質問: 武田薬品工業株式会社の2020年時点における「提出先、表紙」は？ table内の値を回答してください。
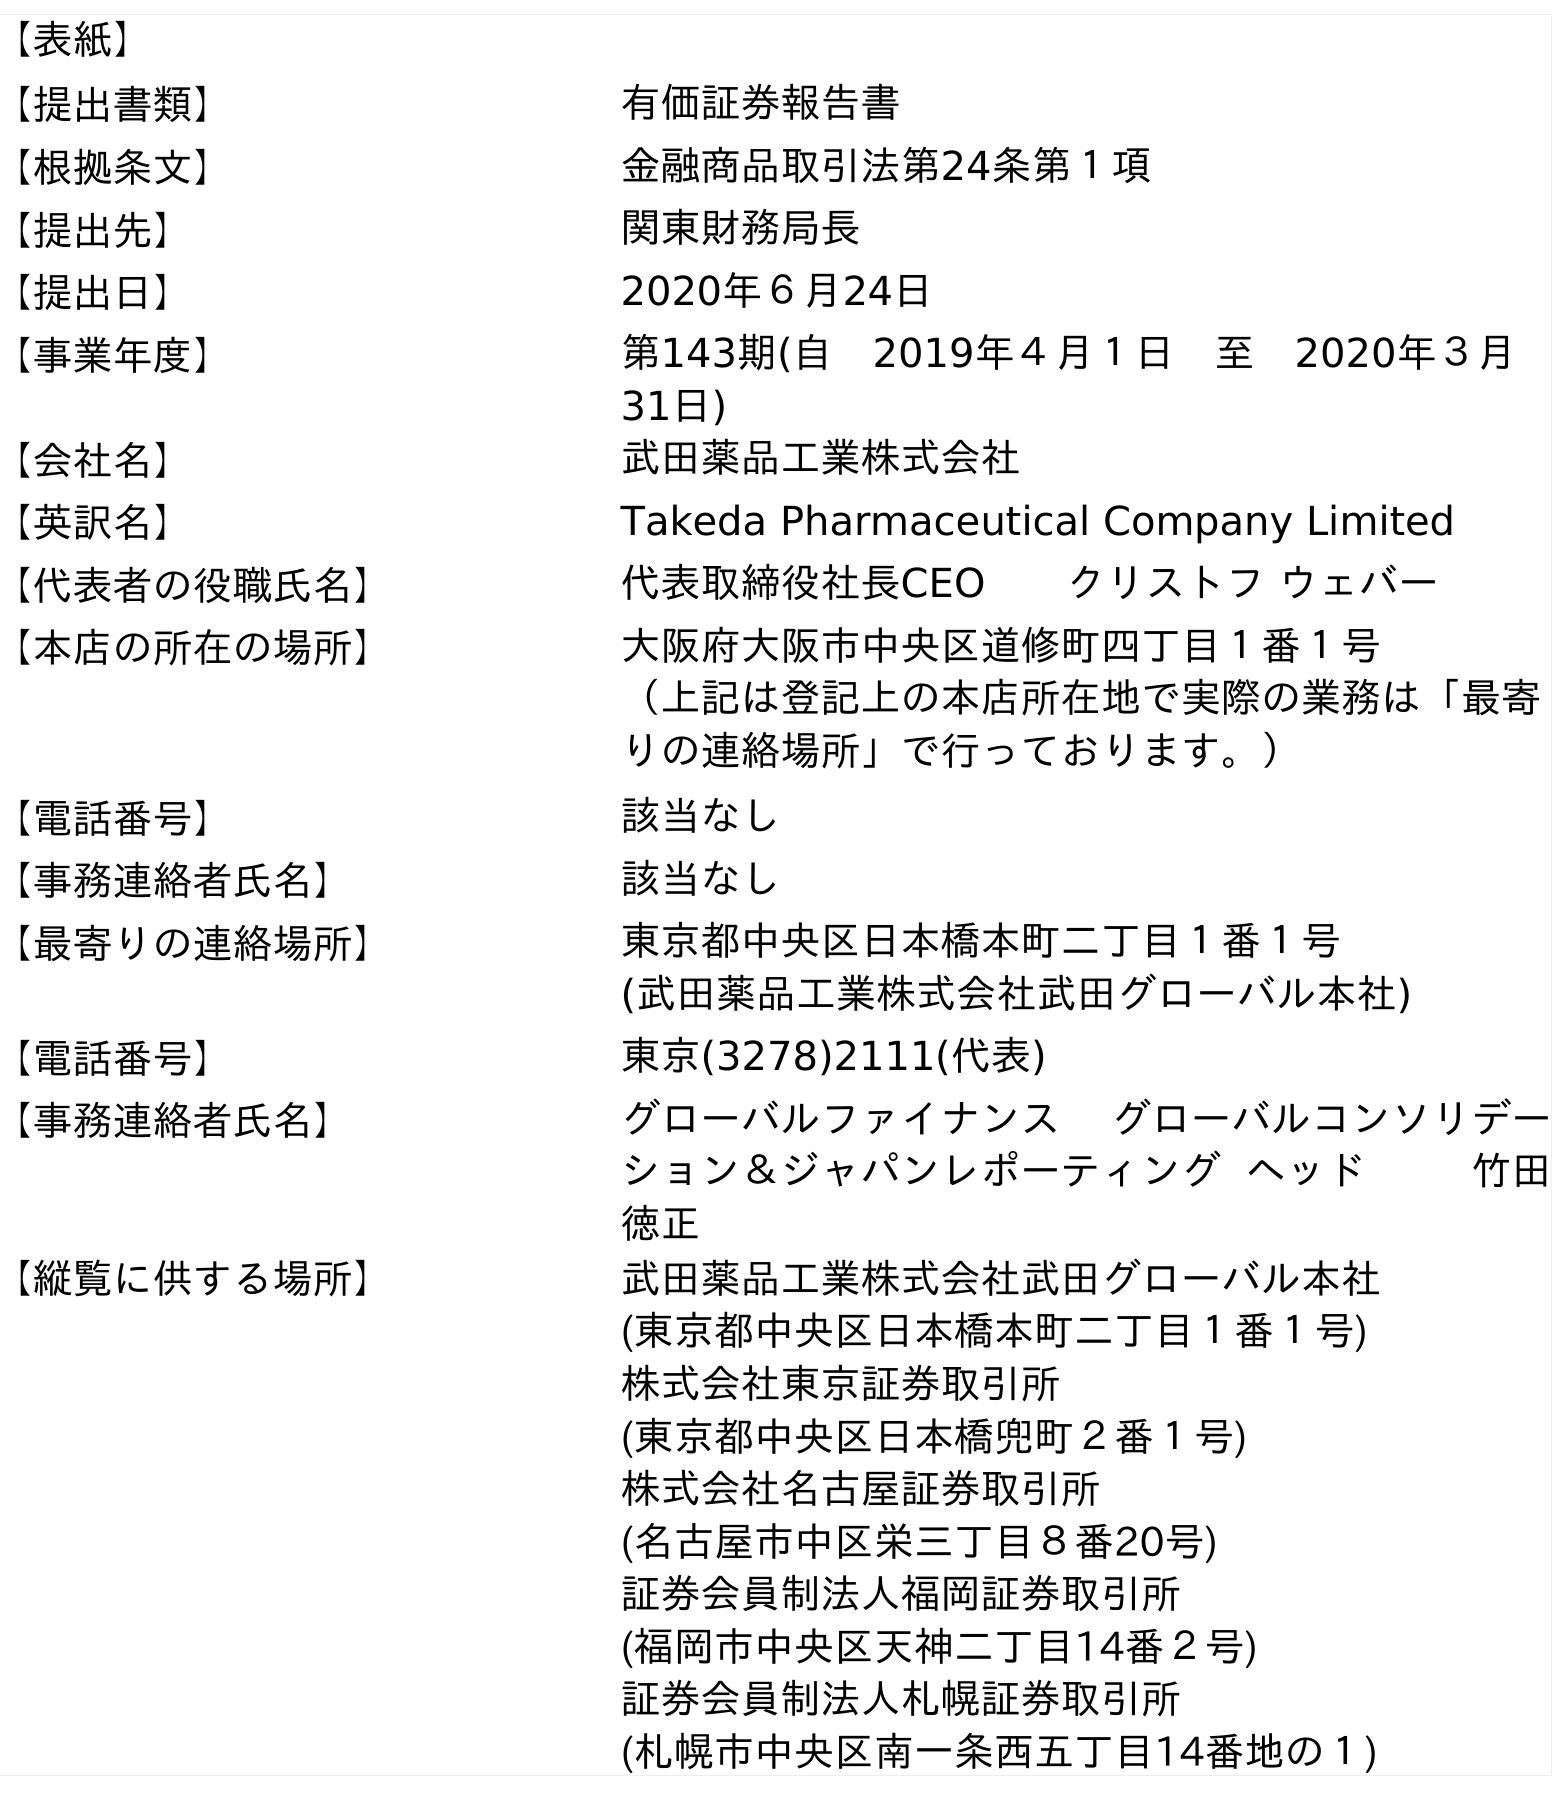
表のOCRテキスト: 【表紙】 【提出書類】 有価証券報告書 【根拠条文】 金融商品取引法第24条第１項 【提出先】 関東財務局長 【提出日】 2020年６月24日 【事業年度】 第143期(自 2019年４月１日 至 2020年３月 31日) 【会社名】 武田薬品工業株式会社 【英訳名】 Takeda Pharmaceutical Company Limited 【代表者の役職氏名】 代表取締役社長CEO  クリストフ ウェバー 【本店の所在の場所】 大阪府大阪市中央区道修町四丁目１番１号 （上記は登記上の本店所在地で実際の業務は「最寄 りの連絡場所」で行っております。） 【電話番号】 該当なし 【事務連絡者氏名】 該当なし 【最寄りの連絡場所】 東京都中央区日本橋本町二丁目１番１号 (武田薬品工業株式会社武田グローバル本社) 【電話番号】 東京(3278)2111(代表) 【事務連絡者氏名】 グローバルファイナンス グローバルコンソリデー ション＆ジャパンレポーティング ヘッド    竹田 徳正 【縦覧に供する場所】 武田薬品工業株式会社武田グローバル本社 (東京都中央区日本橋本町二丁目１番１号) 株式会社東京証券取引所 (東京都中央区日本橋兜町２番１号) 株式会社名古屋証券取引所 (名古屋市中区栄三丁目８番20号) 証券会員制法人福岡証券取引所 (福岡市中央区天神二丁目14番２号) 証券会員制法人札幌証券取引所 (札幌市中央区南一条西五丁目14番地の１)
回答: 関東財務局長